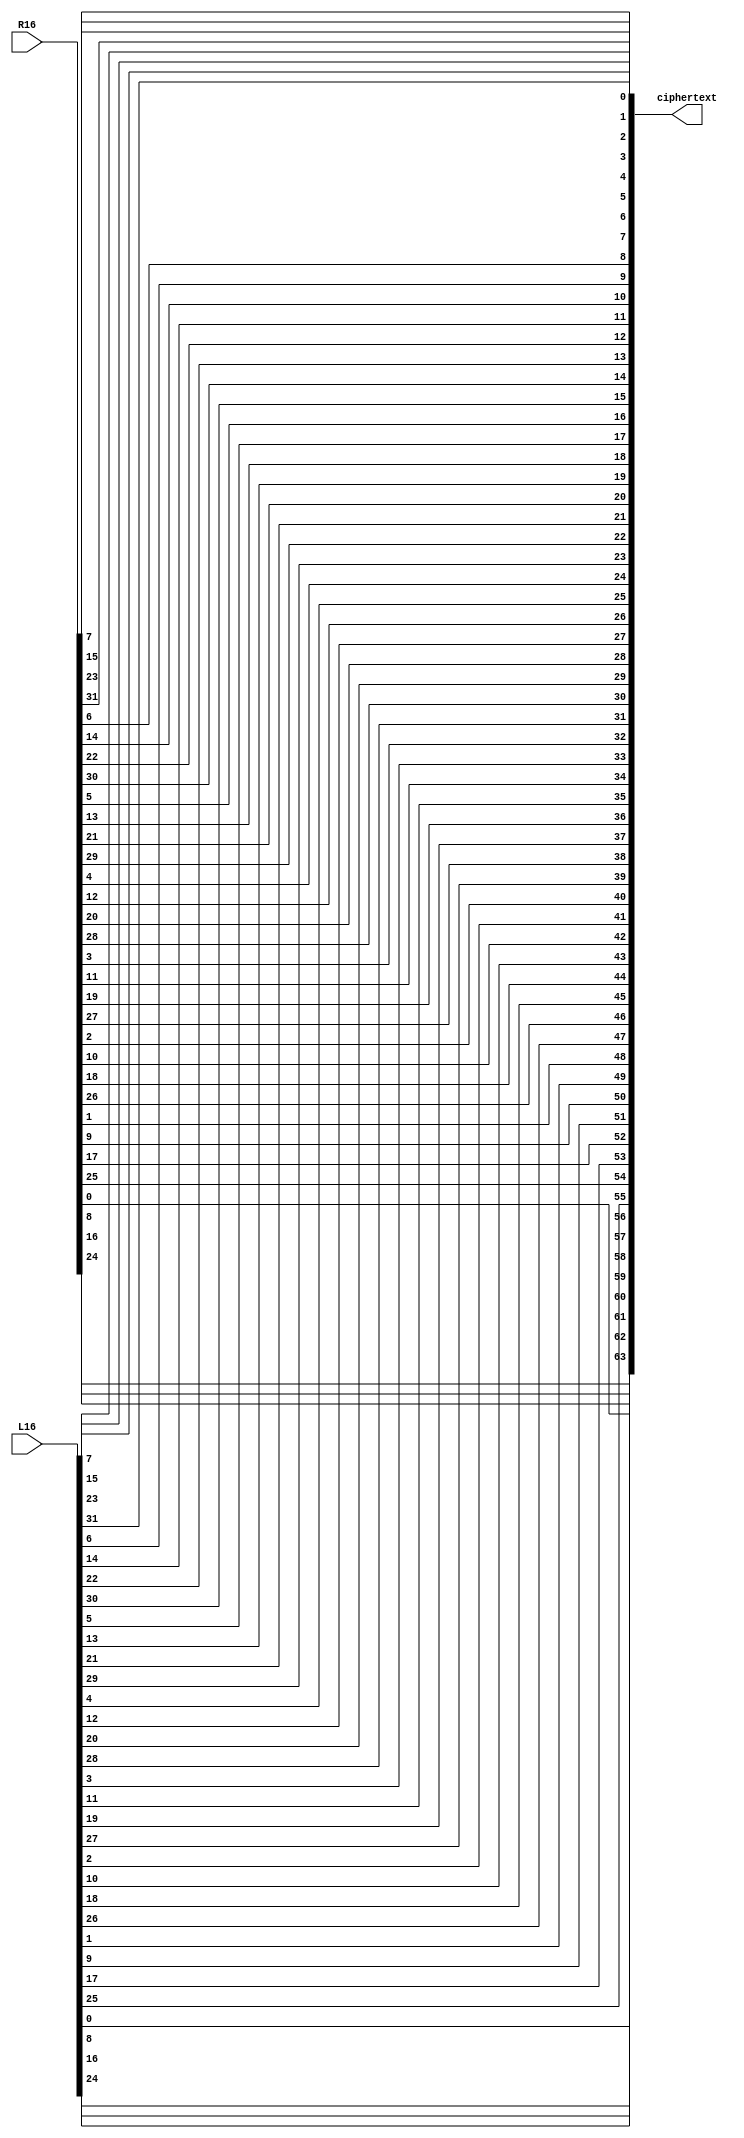

module OutPermutation(L16, R16, ciphertext);
    
	 input [32:1] L16, R16;
    output [64:1] ciphertext;
	 
    wire [64:1] tmp;

	 assign tmp[64:1] = {R16[32:1], L16[32:1]};
    assign ciphertext[64:1] = {
            tmp[65 - 40], tmp[65 -  8], tmp[65 - 48], tmp[65 - 16], tmp[65 - 56], tmp[65 - 24], tmp[65 - 64], tmp[65 - 32],
            tmp[65 - 39], tmp[65 -  7], tmp[65 - 47], tmp[65 - 15], tmp[65 - 55], tmp[65 - 23], tmp[65 - 63], tmp[65 - 31],
            tmp[65 - 38], tmp[65 -  6], tmp[65 - 46], tmp[65 - 14], tmp[65 - 54], tmp[65 - 22], tmp[65 - 62], tmp[65 - 30],
            tmp[65 - 37], tmp[65 -  5], tmp[65 - 45], tmp[65 - 13], tmp[65 - 53], tmp[65 - 21], tmp[65 - 61], tmp[65 - 29],
            tmp[65 - 36], tmp[65 -  4], tmp[65 - 44], tmp[65 - 12], tmp[65 - 52], tmp[65 - 20], tmp[65 - 60], tmp[65 - 28],
            tmp[65 - 35], tmp[65 -  3], tmp[65 - 43], tmp[65 - 11], tmp[65 - 51], tmp[65 - 19], tmp[65 - 59], tmp[65 - 27],
            tmp[65 - 34], tmp[65 -  2], tmp[65 - 42], tmp[65 - 10], tmp[65 - 50], tmp[65 - 18], tmp[65 - 58], tmp[65 - 26],
            tmp[65 - 33], tmp[65 -  1], tmp[65 - 41], tmp[65 -  9], tmp[65 - 49], tmp[65 - 17], tmp[65 - 57], tmp[65 - 25]
        };
endmodule